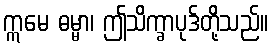
ဣမေ ဓမ္မာ၊ ဤသိက္ခာပုဒ်တို့သည်။